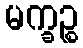
မက္ခဉ္စ